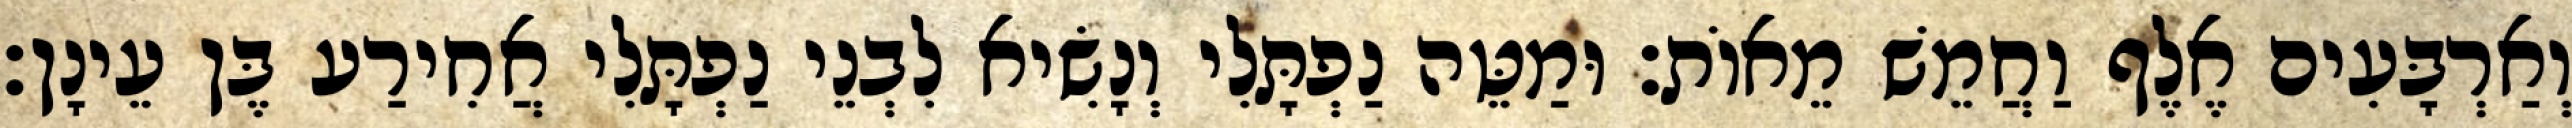
וְאַרְבָּעִים אֶלֶף וַחֲמֵשׁ מֵאוֹת׃ וּמַטֵּה נַפְתָּלִי וְנָשִׂיא לִבְנֵי נַפְתָּלִי אֲחִירַע בֶּן עֵינָן׃